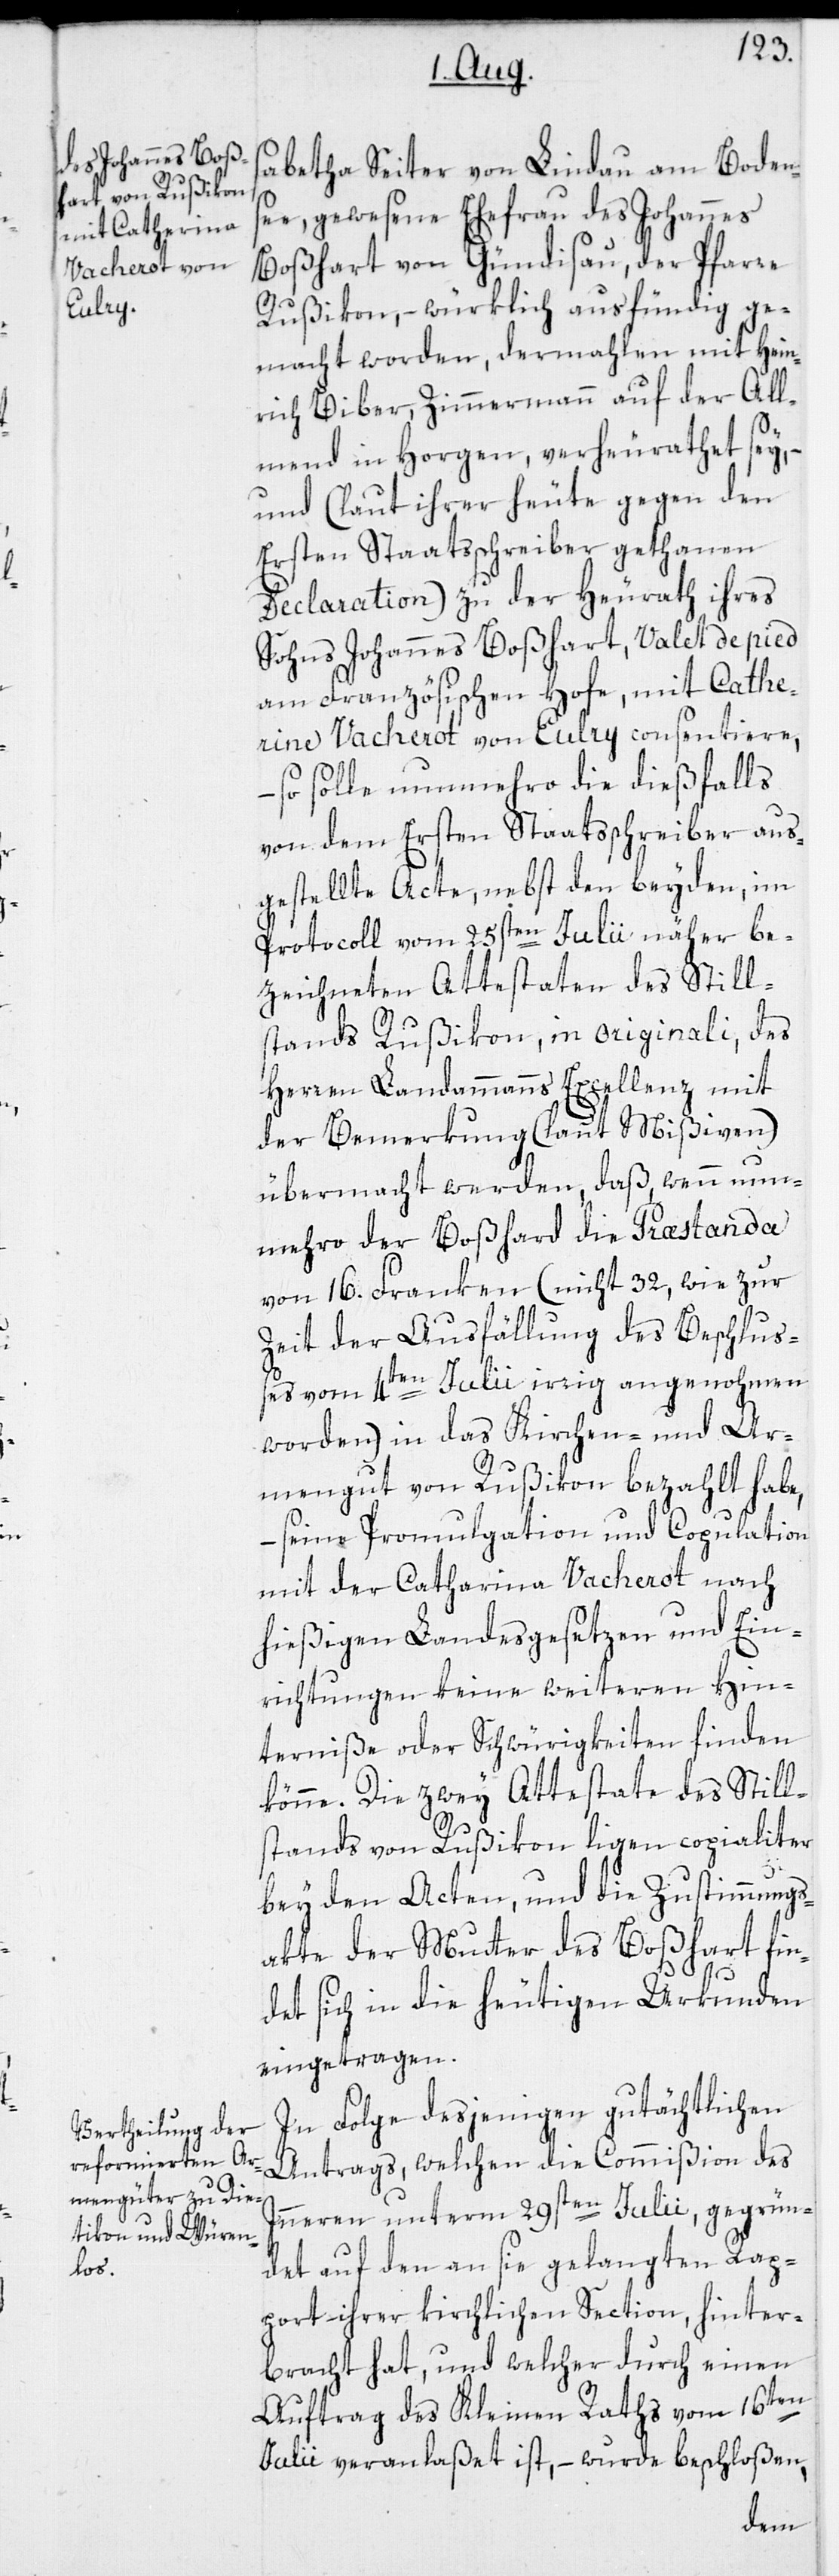
sabetha Seiter von Lindau am Bodens¬
ee, gewesene Ehefrau des Johannes
Boßhart von Gündisau, der Pfarre
Rußikon, – würklich ausfündig ge¬
macht worden, dermahlen mit Hein¬
rich Biber, Zimmermann auf der All¬
mend in Horgen, verheurathet sey,
und (laut ihrer heute gegen den
Ersten Staatsschreiber gethanen
Declaration) zu der Heurath ihres
Sohns Johannes Boßhart, Valet de pied
am Französischen Hofe, mit Cather¬
ine Vacherot von Eulry consentiere,
– so solle nunmehro die dießfalls
von dem Ersten Staatsschreiber aus¬
gestellte Acte, nebst den beyden, im
Protocoll vom 25sten Julii näher be¬
zeichneten Attestaten des Still¬
stands Rußikon, in originali, des
Herren Landammanns Excellenz mit
der Bemerkung (laut Mißiven)
übermacht werden, daß, wenn nun¬
mehro der Boßhard [sic!] die
von 16. Franken (nicht 32, wie zur
Zeit der Ausfällung des Beschluß¬
es vom 4ten Julii irrig angenohmen
worden) in das Kirchen- und Ar¬
mengut von Rußikon bezahlt habe,
– seine Promulgation und Copulation
mit der Catharina Vacherot nach
hießigen Landesgesetzen und Ein¬
richtungen keine weiteren Hin¬
terniße oder Schwürigkeiten finden
könne. Die zwey Attestate des Still¬
stands von Rußikon ligen copialiter
bey den Acten, und die Zustimmungs¬
akte der Mutter des Boßhart fin¬
det sich in die heutigen Urkunden
eingetragen.
In Folge desjenigen gutächtlichen
Antrags, welchen die Commißion des
Inneren unterm 29sten Julii, gegrün¬
det auf den an sie gelangten Rap¬
port ihrer kirchlichen Section, hinter¬
bracht hat, und welcher durch einen
Auftrag des Kleinen Raths vom 16ten
Julii veranlaßet ist, – wurde beschloßen,